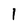
Character: 1